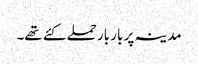
مدینہ پر بار بار حملے کئے تھے۔